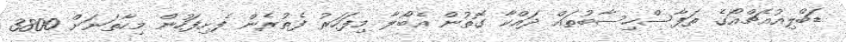
ޑަބްލިއުއެޗްއޯގެ ތަފާސްހިސާބުތައް ދައްކާ ގޮތުން އެބޯލާ މިފަހަރު ފެތުރެން ފެށިފަހުން މިހާތަނަށް 3800